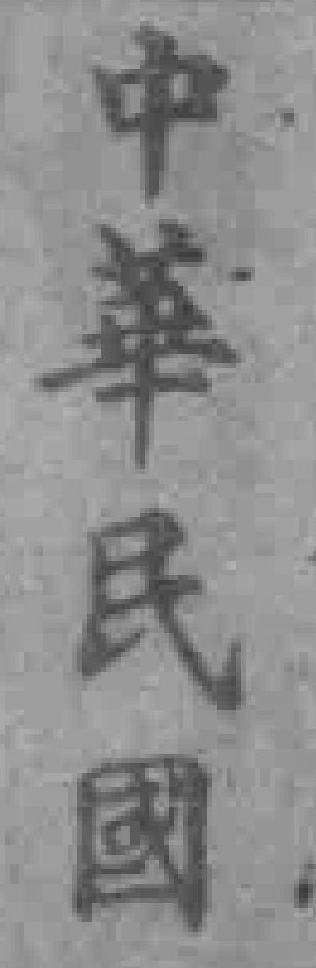
中華民國